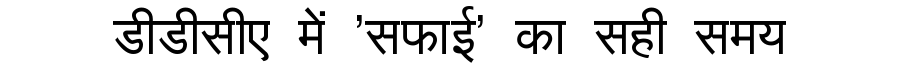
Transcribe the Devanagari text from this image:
डीडीसीए में 'सफाई' का सही समय